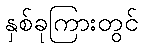
နှစ်ခုကြားတွင်